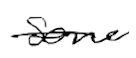
Text: some
Cross-out: single-line
Writing tool: digital_black